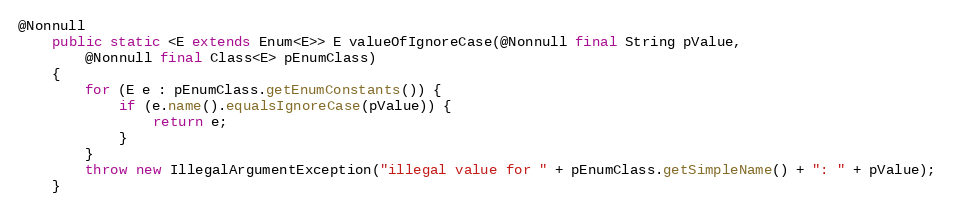
Language: Java
@Nonnull
    public static <E extends Enum<E>> E valueOfIgnoreCase(@Nonnull final String pValue,
        @Nonnull final Class<E> pEnumClass)
    {
        for (E e : pEnumClass.getEnumConstants()) {
            if (e.name().equalsIgnoreCase(pValue)) {
                return e;
            }
        }
        throw new IllegalArgumentException("illegal value for " + pEnumClass.getSimpleName() + ": " + pValue);
    }